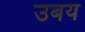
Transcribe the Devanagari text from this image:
उबय